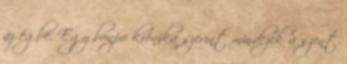
az égbe. Egy bonpo krónika szerint mindezek a szent